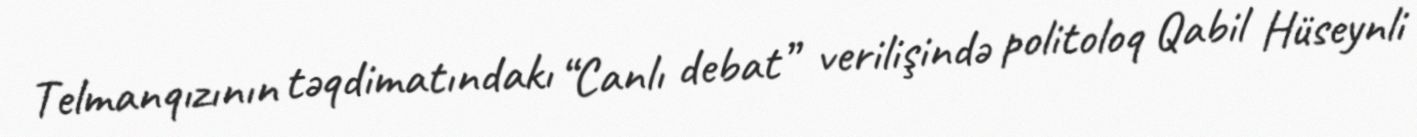
Telmanqızının təqdimatındakı “Canlı debat” verilişində politoloq Qabil Hüseynli